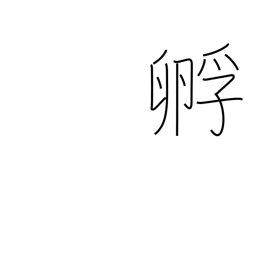
Meaning: hatch